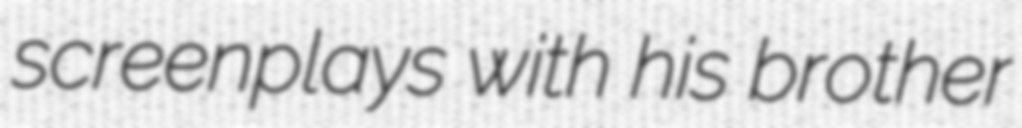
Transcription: screenplays with his brother